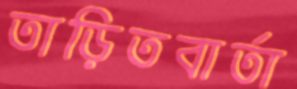
তাড়িতবার্তা